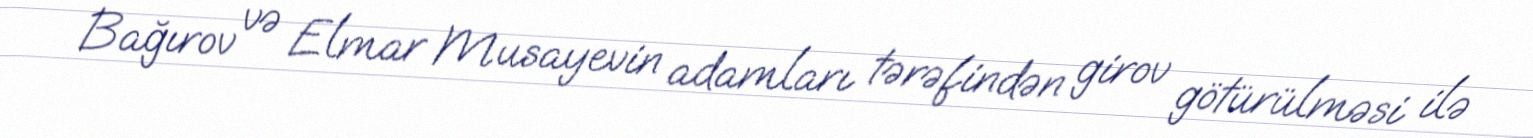
Bağırov və Elmar Musayevin adamları tərəfindən girov götürülməsi ilə